Medical and sanitary report of the native army of Bengal for the year
Year: 1876
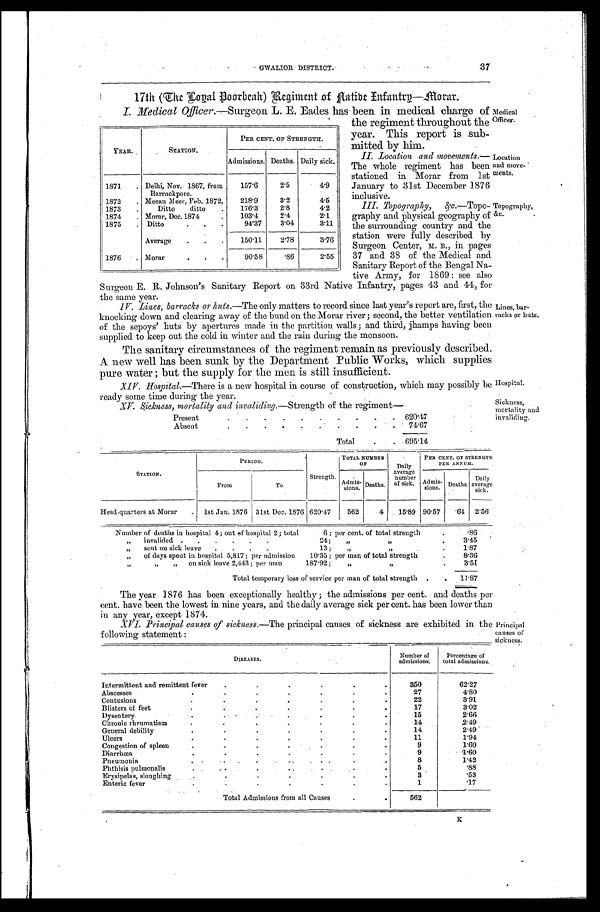
GWALIOR DISTIRICT.
37
17th (The Loyal Poorbeah) Regiment of Native Infantry—Morar.
YEAR.
STATION.
PER CENT. OF STRENGTH.
Admissions. Deaths. Daily sick.
1871
. Delhi, Nov. 1867, from
Barrackpore.
157.6
2.5
4.9
1872
. Meean Meer, Feb. 1872,
218.9
3.2
4.5
1873
.
Ditto
ditto
.
176.3
2.8
4.2
1874
. Morar, Dec. 1874
.
103.4
2.4
2.1
1875
. D i t t o . . .
94.37
3.04
3.11
Average .
.
.
150.11
2.78
3.76
1876
. Morar
.
.
.
90.58
.86
2.55
Medical Officer.—Surgeon L. E. Eades has been in medical charge of
the regiment throughout the
year. This report is sub
-mitted by him.
Medical
Officer.
II. Location and movements.—
The whole regiment has been
stationed in Morar from 1st
January to 31st December 1876
inclusive.
III. Topography, &c. —Topo-
graphy and physical geography of
the surrounding country and the
station were fully described by
Surgeon Center, M. B., in pages
37 and 38 of the Medical and
Sanitary Report of the Bengal Na-
tive Army, for 1869 : see also
Surgeon E. R. Johnson's Sanitary Report on 33rd Native Infantry, pages 43 and 44, for
the same year.
IV. Lines, barracks or huts. —The only matters to record since last year's report are, first, the
knocking down and clearing away of the bund on the Morar river ; second, the better ventilation
of the sepoys' huts by apertures made in the partition walls ; and third, jhamps having been
supplied to keep out the cold in winter and the rain during the monsoon.
The sanitary circumstances of the regiment remain as previously described.
A new well has been sunk by the Department Public Works, which supplies
pure water ; but the supply for the men is still insufficient.
Location
and move-
ments.
Topography,
&c.
Lines, bar
-racks or huts.
XIV. Hospital.—There is a new hospital in course of construction, which may possibly be
ready some time during the year.
Hospital.
Sickness,
mortality and
invaliding.
XV. Sickness, mortality and invaliding. —Strength of the regiment—
Present
.
.
. . . . . . . .
620.47
Absent
.
.
.
. . . . . . .
74.67
Total .
. 695.14
STATION.
PERIOD.
Strength.
TOTAL NUMBER
OF
Daily
average
number
of sick.
PER CENT. OF STRENGTH
PER ANNUM.
From
To
Admis-
sions. Deaths.
Admis-
sions. Deaths.
Daily
average
sick
.
Head-quarters at Morar
. 1st Jan. 1876 31st Dec. 1876 620.47
562
4
15.89 90.57
.64 2.56
Number of deaths in hospital 4 ; out of hospital 2 ; total
6 ; per cent. of total strength
.86
„
invalided .
.
.
.
.
.
24;
„
,,
.
3.45
„
sent on sick leave
.
. . .
13;
„
.
1.87
„
of days spent in hospital 5,817 ; per admission
10.35 ; per man of total strength .
8.36
„
„
on sick leave 2,443 ; per man
187.92 ;
„ „
3.51
Total temporary loss of service per man of total strength . .
11.87
The year 1876 has been exceptionally healthy ; the admissions per cent. and deaths per
cent. have been the lowest in nine years, and the daily average sick per cent. has been lower than
in any year, except 1874.
XVI. Principal causes of sickness. —The principal causes of sickness are exhibited in the
following statement :
DISEASES.
Number of
admissions.
Percentage of
total admissions.
Intermittent and remittent fever
.
. .
.
.
.
350
62.27
Abscesses
27
4.80
Contusions .
.
.
.
.
.
.
22
3.91
Blisters of feet
.
17
3.02
Dysentery
.
15
2.66
Chronic rheumatism
.
.
.
14
2.49
General debility
.
1 4
2.49
Ulcers.
1 1
1.94
Congestion of spleen
9
1.60
Diarrhœa.
9
1.60
Pneumonia
. . . . . . . . . .
8
1.42
Phthisis pulmonalis.
.
. .
. . .
5
.88
Erysipelas, sloughing
.
.
.
.
.
3
.53
Enteric fever.
.
.
.
.
1
.17
Total Admissions from all Causes
.
.
5 6 2
Principal
causes of
sickness.